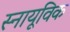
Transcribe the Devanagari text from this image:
स्नायूविक